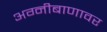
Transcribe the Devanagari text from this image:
अग्नीबाणावर